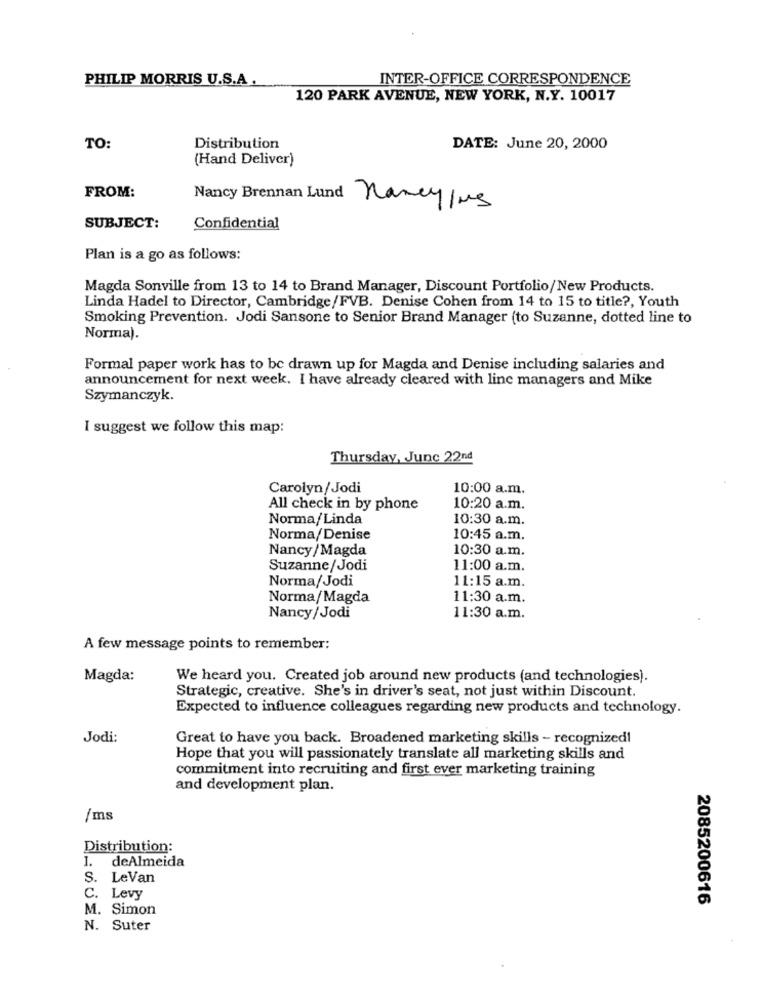
PHILIP MORRIS U.S.A
INTER-OFFICE CORRESPONDENCE
120 PARK AVENUE, NEW YORK, N.Y. 10017
TO:
Distribution
DATE: June 20, 2000
(Hand Deliver)
FROM:
Nancy Brennan Lund nameylus
SUBJECT:
Confidential
Plan is a go as follows:
Magda Sonville from 13 to 14 to Brand Manager, Discount Portfolio/New Products.
Linda Hadel to Director, Cambridge/FVB. Denise Cohen from 14 to 15 to title ?, Youth
Smoking Prevention. Jodi Sansone to Senior Brand Manager (to Suzanne, dotted line to
Norma).
Formal paper work has to be drawn up for Magda and Denise including salaries and
announcement for next week. I have already cleared with line managers and Mike
Szymanczyk.
I suggest we follow this map:
Thursday, June 22nd
Carolyn/Jodi
10:00 a.m.
All check in by phone
10:20 a.m.
Norma/Linda
10:30 a.m.
Norma/Denise
10:45 a.m.
Nancy/Magda
10:30 a.m.
Suzanne/Jodi
11:00 a.m.
Norma/Jodi
11:15 a.m.
Norma/Magda
11:30 a.m.
Nancy/Jodi
11:30 a.m.
A few message points to remember:
Magda:
We heard you. Created job around new products (and technologies).
Strategic, creative. She's in driver's seat, not just within Discount.
Expected to influence colleagues regarding new products and technology.
Jodi:
Great to have you back. Broadened marketing skills - recognized!
Hope that you will passionately translate all marketing skills and
commitment into recruiting and first ever marketing training
and development plan.
/ms
Distribution:
1. deAlmeida
S. LeVan
C. Levy
M. Simon
2085200616
N. Suter